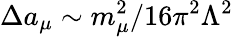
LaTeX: \Delta a_{\mu}\sim m_{\mu}^{2}/16\pi^{2}\Lambda^{2}